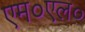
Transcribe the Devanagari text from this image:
एम०एल०